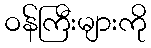
ဝန်ကြီးများကို